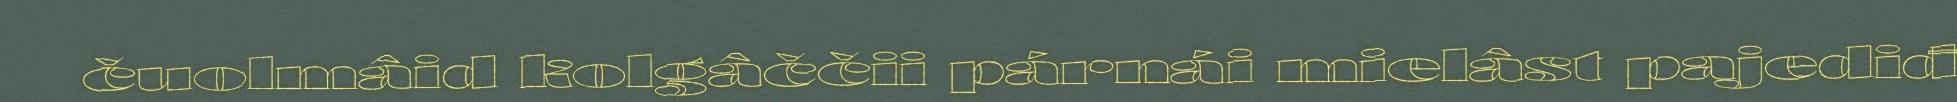
čuolmâid kolgâččii párnái mielâst pajediđ